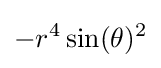
-r^{4}\sin(\theta )^{2}